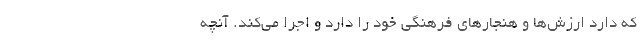
که دارد ارزش‌ها و هنجار‌های فرهنگی خود را دارد و اجرا می‌کند. آنچه